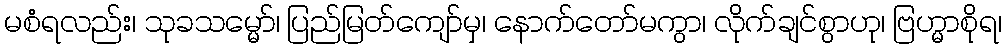
မစံရလည်း၊ သုခသမ္မော်၊ ပြည်မြတ်ကျော်မှ၊ နောက်တော်မကွာ၊ လိုက်ချင်စွာဟု၊ ဗြဟ္မာစိုရ၊